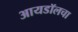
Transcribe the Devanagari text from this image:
आयडॉलचा